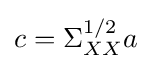
c=\Sigma _{XX}^{1/2}a